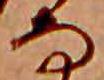
な